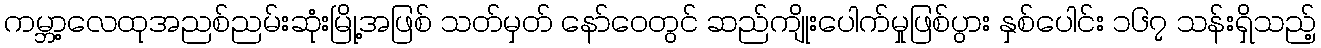
ကမ္ဘာ့လေထုအညစ်ညမ်းဆုံးမြို့အဖြစ် သတ်မှတ် နော်ဝေတွင် ဆည်ကျိုးပေါက်မှုဖြစ်ပွား နှစ်ပေါင်း ၁၆၇ သန်းရှိသည့်